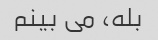
بله، می بینم